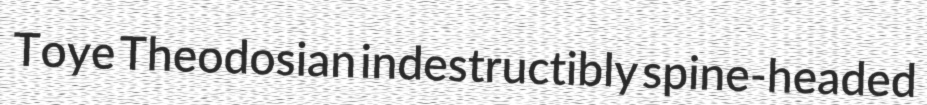
Toye Theodosian indestructibly spine-headed